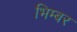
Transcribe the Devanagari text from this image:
भिम्बर